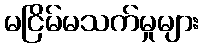
မငြိမ်မသက်မှုများ